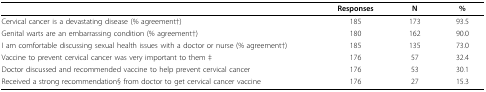
<table><thead><tr><td></td><td><b>Responses</b></td><td><b>N</b></td><td><b>%</b></td></tr></thead><tbody><tr><td>Cervical cancer is a devastating disease (% agreement†)</td><td>185</td><td>173</td><td>93.5</td></tr><tr><td>Genital warts are an embarrassing condition (% agreement†)</td><td>180</td><td>162</td><td>90.0</td></tr><tr><td>I am comfortable discussing sexual health issues with a doctor or nurse (% agreement†)</td><td>185</td><td>135</td><td>73.0</td></tr><tr><td>Vaccine to prevent cervical cancer was very important to them ‡</td><td>176</td><td>57</td><td>32.4</td></tr><tr><td>Doctor discussed and recommended vaccine to help prevent cervical cancer</td><td>176</td><td>53</td><td>30.1</td></tr><tr><td>Received a strong recommendation§ from doctor to get cervical cancer vaccine</td><td>176</td><td>27</td><td>15.3</td></tr></tbody></table>